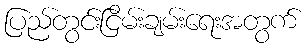
ပြည်တွင်းငြိမ်းချမ်းရေးအတွက်